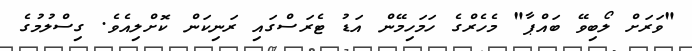
"ވަރަށް ލޯބިވޭ ބައްޕާ" މެހެރްގެ ހަމަހިމޭން އަޑު ޓެރަސްގައި ރަނިކަން ކޮށްލިއެވެ. ގިސްލުމުގެ